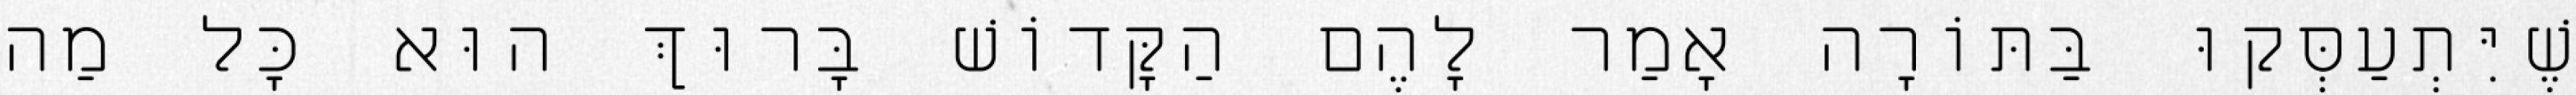
שֶׁיִּתְעַסְּקוּ בַּתּוֹרָה אָמַר לָהֶם הַקָּדוֹשׁ בָּרוּךְ הוּא כׇּל מַה